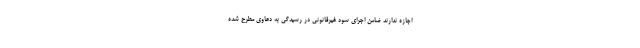
اجازه ندارند ضامن اجرای سود غیرقانونی در رسیدگی به دعاوی مطرح شده